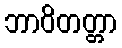
ဘာဝိတတ္တာ